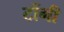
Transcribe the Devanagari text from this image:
टोंगी